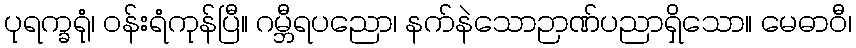
ပုရက္ခရုံ၊ ဝန်းရံကုန်ပြီ။ ဂမ္ဘီရပညော၊ နက်နဲသောဉာဏ်ပညာရှိသော။ မေဓာဝီ၊